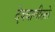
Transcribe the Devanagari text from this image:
देववाणीतले